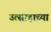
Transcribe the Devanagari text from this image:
उत्साहाच्या